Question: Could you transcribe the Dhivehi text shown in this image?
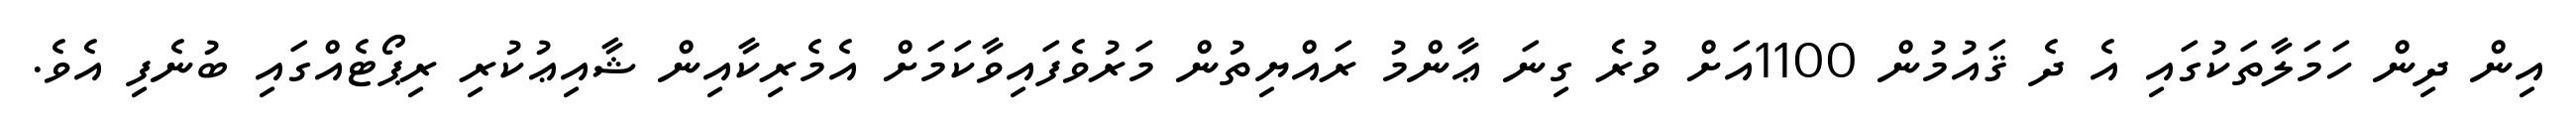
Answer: އިން ދިން ހަމަލާތަކުގައި އެ ދެ ޤައުމުން 1100އަށް ވުރެ ގިނަ ޢާންމު ރައްޔިތުން މަރުވެފައިވާކަމަށް އެމެރިކާއިން ޝާއިޢުކުރި ރިޕޯޓެއްގައި ބުނެފި އެވެ.